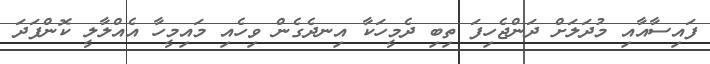
ފައިސާއާއި މުދަލަށް ދަންޖެހިފަ ތިބި ދެމީހަކާ އިނދެގެން ވިހެއި މައިމީހާ އެއްލާލީ ކޮންފަދަ